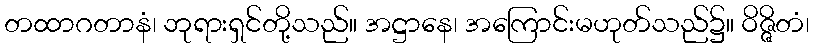
တထာဂတာနံ၊ ဘုရားရှင်တို့သည်။ အဋ္ဌာနေ၊ အကြောင်းမဟုတ်သည်၌။ ဝိဇ္ဇိတံ၊